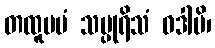
တထူပမံ သပ္ပုရိသံ ဝဒါမိ၊